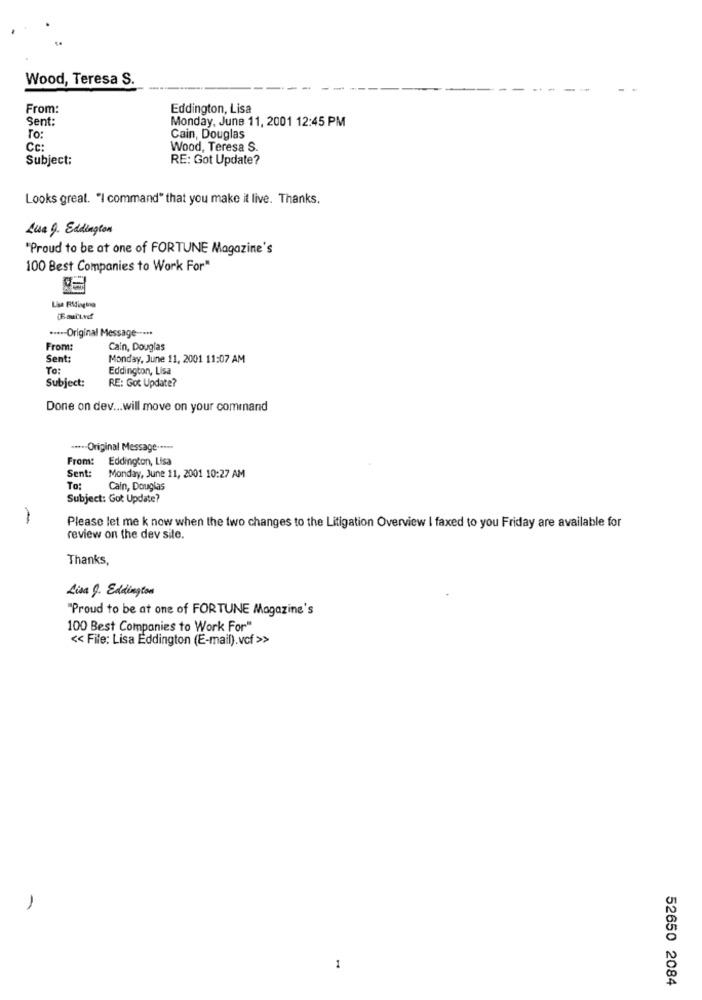
Wood, Teresa S.
From:
Eddington, Lisa
Sent:
Monday, June 11, 2001 12:45 PM
To:
Cain, Douglas
Cc:
Wood, Teresa S.
Subject:
RE: Got Update?
Looks great. "I command" that you make it live. Thanks.
Lisa 9. Eddington
"Proud to be at one of FORTUNE Magazine's
100 Best Companies to Work For"
Lisa Fildinging
.-*-- Original Message ---**
From:
Cain, Douglas
Sent:
Monday, June 11, 2001 11:07 AM
To:
Eddington, Lisa
Subject:
RE: Got Update?
Done on dev ... will move on your command
·**-- Original Message -----
From: Eddington, Lisa
Sent:
Monday, June 11, 2001 10:27 AM
To:
Cain, Douglas
Subject: Got Update?
Please let me k now when the two changes to the Litigation Overview I faxed to you Friday are available for
review on the dev site.
Thanks,
Lisa 9. Eddington
"Proud to be at one of FORTUNE Magazine's
100 Best Companies to Work For"
<< File: Lisa Eddington (E-mail).vcf >>
1
52650 2084